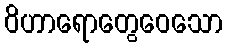
ဝိဟာရောတွေဝေသော